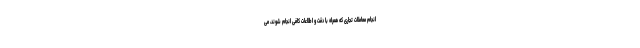
انجام معاملات تجاری که همراه با دقت و اطلاعات کافی انجام شوند، می